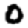
Digit: 0